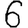
Digit: 6